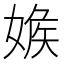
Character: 𡞥